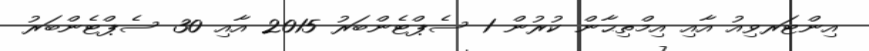
އިންޓަރވިއު އާއި އިމްތިޙާން ކުރުން 1 ސެޕްޓެންބަރު 2015 އާއި 30 ސެޕްޓެންބަރު